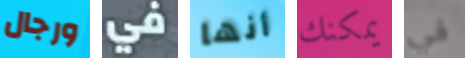
ورجال في أنها يمكنك في